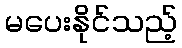
မပေးနိုင်သည့်